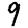
Digit: 9